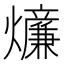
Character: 𤒄